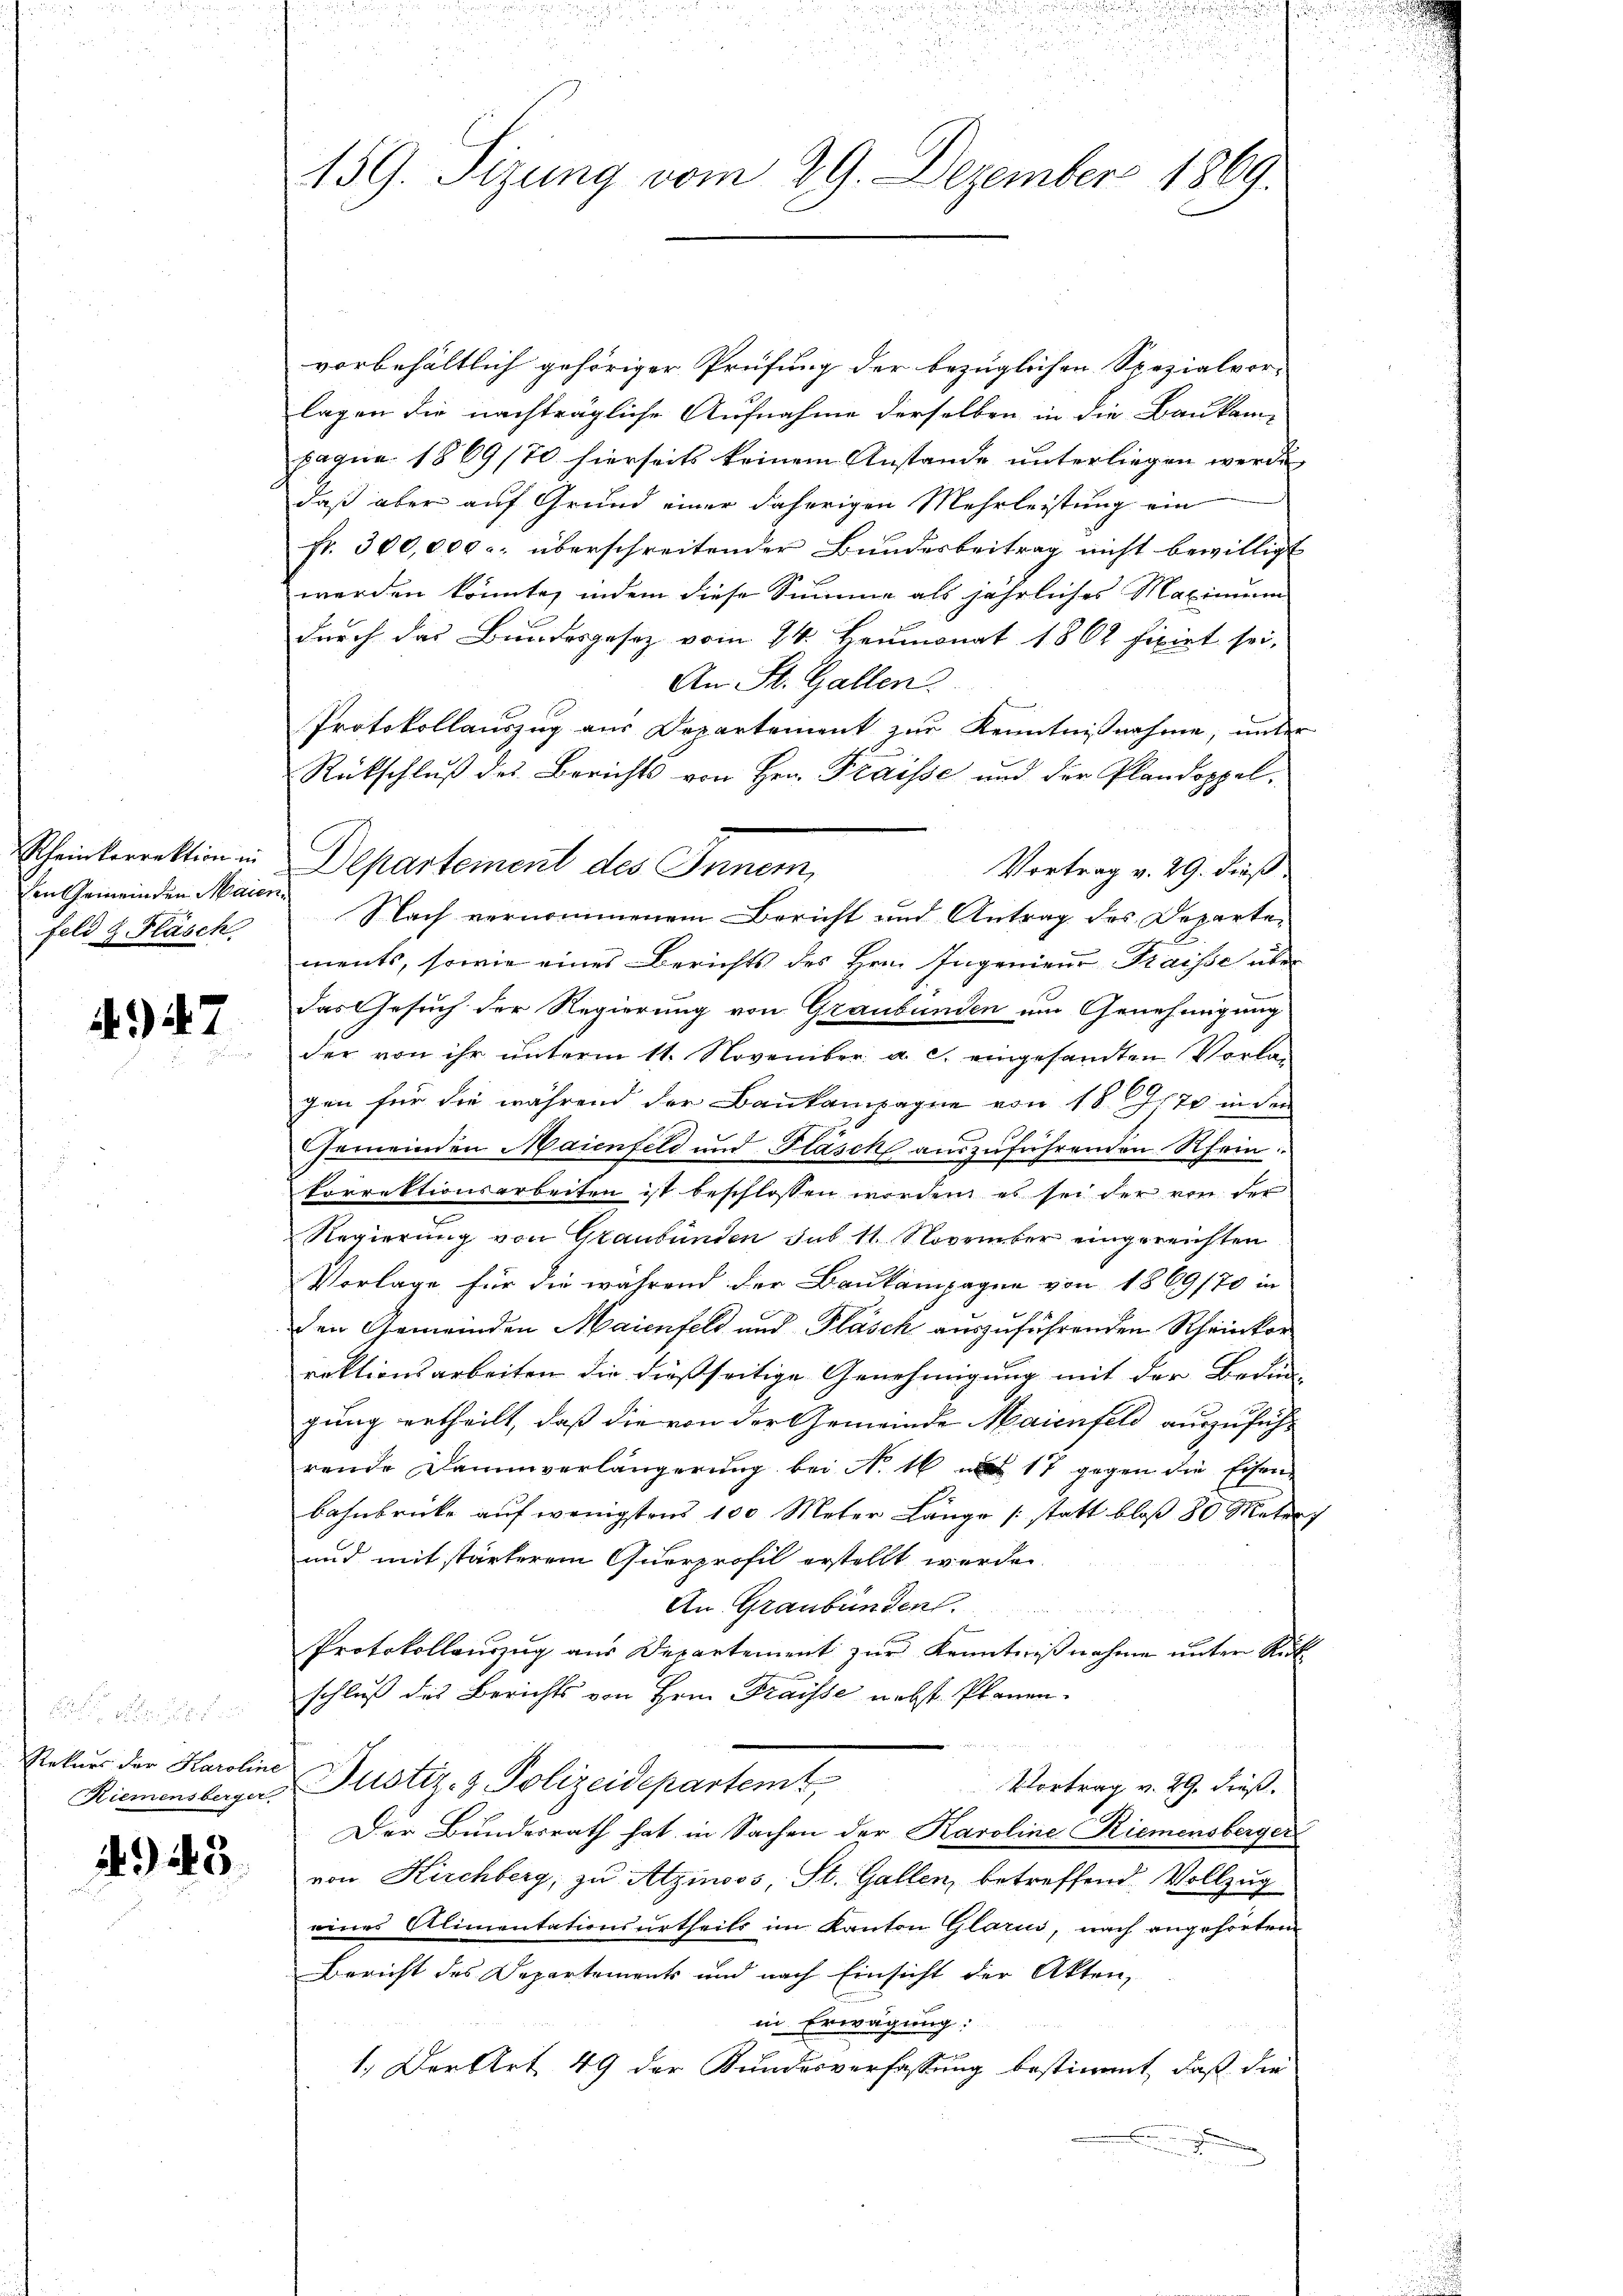
den Gemeinden Maien
feld & Fläsch

) 47

vorbehältlich gehöriger Prüfung der bezüglichen Spezialvor-
lagen die nachträgliche Aufnahme derselben in die Baukom-
paqua 1869/70 hierseits keinem Anstande unterliegen werde
daß aber auf Grund einer daherigen Mehrleistung ein
fr. 300,000 : überschreitender Bundesbeitrag nicht bewilligt
worden könnte, indem diese Summe als jährliches Maximum
durch das Bundesgesez vom 14. Heumonat 1862 fixirt sei,
An St. Gallen.
b
Protokollauszug aus Departement zŭr Kenntnißnahme, unter
Rückschluß des Berichts von Hrn. Fraisse und der Plandoppel¬
Scheinkorrektion in Departement des Inner,
Vortrag v. 29. dieß
Nach vernommenem Bericht und Antrag des Departements, sowie eines Berichts des Hrn. Ingenieur Fraisse über
das Gesuch der Regierung von Graubünden um Genehmigung
der von ihr unterm 11. November a. c. eingesandten Vorlegen für die während der Bankampagne von 18 (170 in den
C
Gemeinden Maienfeld und Fläsch aŭszŭführenden Rhein
korrektionsarbeiten ist beschlossen worden es sei der von der
Regierung von Graubünden sub 11. November eingereichten
Vorlage für die während der Baukompagne von 1869/70 in
den Gemeinden Maienfels und Pläsch auszuführenden Rheinkorrektionsarbeiten die dießseitige Genehmigung mit der Bedin-
gung ertheilt, daß die von der Gemeinde Maienfeld auszuführende Dammverlängerung bei No 16 17 gegen die Eisenbahnbrücke auf wenigstens 100 Meter Länge (statt bloß 80 Materf
und mit stärkerem Querprofil erstellt werden.
An Graubünden.
Protokollauszug aus Departement zur Kenntnißnahme unter Rück
schluß des Berichts von Hrn. Fraisse nebst Planen.
Vortrag v. 29. dieß.
Riemensberger Justiz- & Polizeidepartemt
Der Bundesrath hat in Sachen der Karoline Riemensberger
von Kirchberg, zu Atzinoos, St. Gallen, betreffend Vollzug
eines Alimentationsurtheils im Kanton Glarus, nach angehörten
Bericht des Departements und nach Einsicht der Akten,
in Erwägung:
1. Der Art 49 der Bundesverfassung bestimmt, daß die

Rekurs der Karoline

445.

159. Sizung vom 29. Dezember 1869.